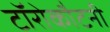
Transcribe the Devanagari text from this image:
टॉरोकौटनी